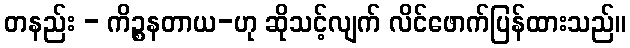
တနည်း - ကိဉ္စနတာယ-ဟု ဆိုသင့်လျက် လိင်ဖောက်ပြန်ထားသည်။